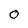
Character: O